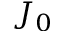
J _ { 0 }